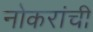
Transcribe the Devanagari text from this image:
नोकरांची